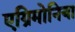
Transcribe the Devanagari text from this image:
एग्रिमोनिया